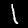
Digit: 1